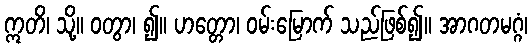
ဣတိ၊ သို့။ ဝတွာ၊ ၍။ ဟတ္တော၊ ဝမ်းမြောက် သည်ဖြစ်၍။ အာဂတမဂ္ဂံ၊